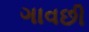
ગાવછી